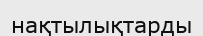
нақтылықтарды